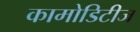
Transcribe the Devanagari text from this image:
कामोडिटीज